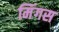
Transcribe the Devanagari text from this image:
मिंगस